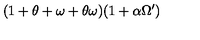
( 1 + \theta + \omega + \theta \omega ) ( 1 + \alpha \Omega ^ { \prime } )